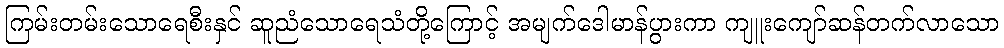
ကြမ်းတမ်းသောရေစီးနှင် ဆူညံသောရေသံတို့ကြောင့် အမျက်ဒေါမာန်ပွားကာ ကျူးကျော်ဆန်တက်လာသော